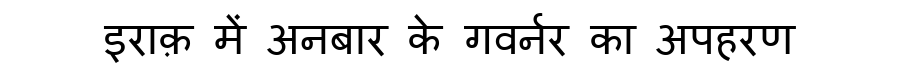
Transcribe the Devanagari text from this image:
इराक़ में अनबार के गवर्नर का अपहरण